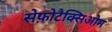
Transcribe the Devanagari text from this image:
सेफ़ोटैक्सिओम